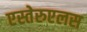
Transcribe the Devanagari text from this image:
एस्तेरुएलस